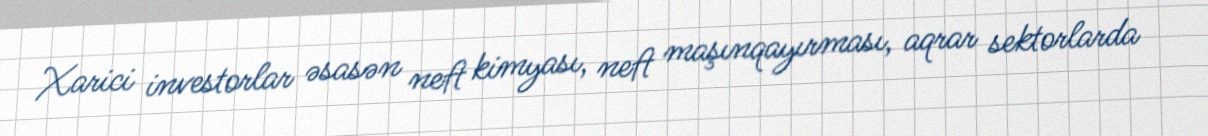
Xarici investorlar əsasən neft kimyası, neft maşınqayırması, aqrar sektorlarda